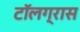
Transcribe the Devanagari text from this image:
टॉलग्रास